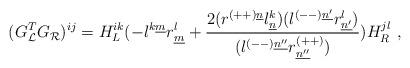
LaTeX: \begin{align*}(G^T_{{\cal L}}G_{{\cal R}})^{ij} = H^{ik}_{L}(- l^{k\underline{m}} r^l_{\underline{m}}+ {2(r^{(++)\underline{n}} l^k_{\underline{n}})(l^{(--)\underline{n'}} r^l_{\underline{n'}})\over(l^{(--)\underline{n''}} r^{(++)}_{\underline{n''}}) } ) H^{jl}_{R}~,\end{align*}